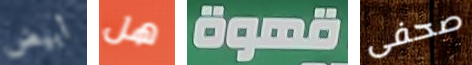
أبيض هل قهوة صحفى